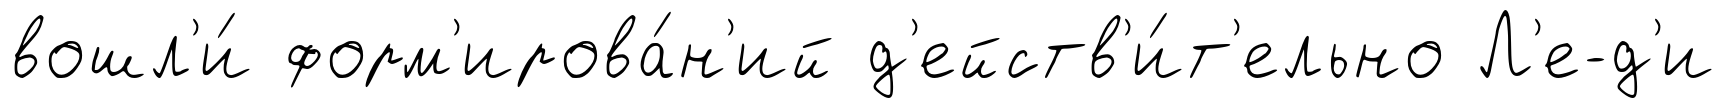
вошл'и́ форм'ирова́н'ий д'ейств'и́т'ельно Л'е-д'и